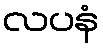
လပနံ